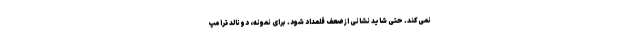
نمی‌کند. حتی شاید نشانی از ضعف قلمداد شود. برای نمونه، دونالد ترامپ